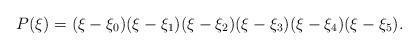
LaTeX: \begin{align*}P(\xi)=(\xi-\xi_0)(\xi-\xi_1)(\xi-\xi_2)(\xi-\xi_3)(\xi-\xi_4)(\xi-\xi_5).\end{align*}